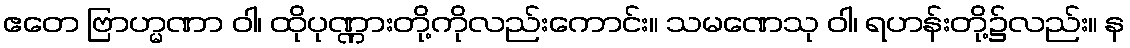
ဧတေ ဗြာဟ္မဏာ ဝါ၊ ထိုပုဏ္ဏားတို့ကိုလည်းကောင်း။ သမဏေသု ဝါ၊ ရဟန်းတို့၌လည်း။ န